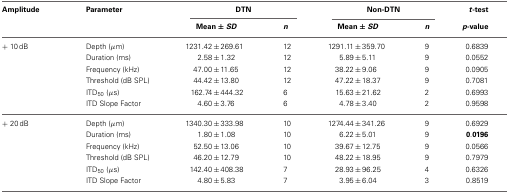
<table><thead><tr><td><b>Amplitude</b></td><td><b>Parameter</b></td><td colspan="2"><b>DTN</b></td><td colspan="2"><b>Non-DTN</b></td><td><b><i>t</i>-test</b></td></tr><tr><td></td><td></td><td><b>Mean ± <i>SD</i></b></td><td><b><i>n</i></b></td><td><b>Mean ± <i>SD</i></b></td><td><b><i>n</i></b></td><td><b><i>p</i>-value</b></td></tr></thead><tbody><tr><td>+ 10 dB</td><td>Depth (μm)</td><td>1231.42 ± 269.61</td><td>12</td><td>1291.11 ± 359.70</td><td>9</td><td>0.6839</td></tr><tr><td></td><td>Duration (ms)</td><td>2.58 ± 1.32</td><td>12</td><td>5.89 ± 5.11</td><td>9</td><td>0.0552</td></tr><tr><td></td><td>Frequency (kHz)</td><td>47.00 ± 11.65</td><td>12</td><td>38.22 ± 9.06</td><td>9</td><td>0.0905</td></tr><tr><td></td><td>Threshold (dB SPL)</td><td>44.42 ± 13.80</td><td>12</td><td>47.22 ± 18.37</td><td>9</td><td>0.7081</td></tr><tr><td></td><td>ITD<sub>50</sub> (μs)</td><td>162.74 ± 444.32</td><td>6</td><td>15.63 ± 21.62</td><td>2</td><td>0.6993</td></tr><tr><td></td><td>ITD Slope Factor</td><td>4.60 ± 3.76</td><td>6</td><td>4.78 ± 3.40</td><td>2</td><td>0.9598</td></tr><tr><td>+ 20 dB</td><td>Depth (μm)</td><td>1340.30 ± 333.98</td><td>10</td><td>1274.44 ± 341.26</td><td>9</td><td>0.6929</td></tr><tr><td></td><td>Duration (ms)</td><td>1.80 ± 1.08</td><td>10</td><td>6.22 ± 5.01</td><td>9</td><td><b>0.0196</b></td></tr><tr><td></td><td>Frequency (kHz)</td><td>52.50 ± 13.06</td><td>10</td><td>39.67 ± 12.75</td><td>9</td><td>0.0566</td></tr><tr><td></td><td>Threshold (dB SPL)</td><td>46.20 ± 12.79</td><td>10</td><td>48.22 ± 18.95</td><td>9</td><td>0.7979</td></tr><tr><td></td><td>ITD<sub>50</sub> (μs)</td><td>142.40 ± 408.38</td><td>7</td><td>28.93 ± 96.25</td><td>4</td><td>0.6326</td></tr><tr><td></td><td>ITD Slope Factor</td><td>4.80 ± 5.83</td><td>7</td><td>3.95 ± 6.04</td><td>3</td><td>0.8519</td></tr></tbody></table>